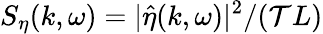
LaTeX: S_{\eta}(k,\omega)=|\widehat{\eta}(k,\omega)|^{2}/(\mathcal{T}L)